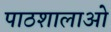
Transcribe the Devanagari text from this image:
पाठशालाओ